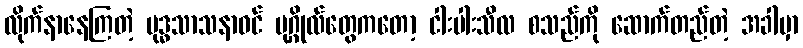
လိုက်နာနေကြတဲ့ ဗုဒ္ဓသာသနာဝင် ပုဂ္ဂိုလ်တွေကတော့ ငါးပါးသီလ စသည်ကို ဆောက်တည်တဲ့ အခါမှာ